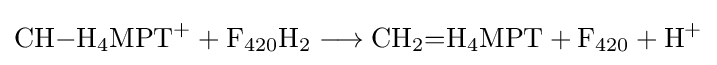
{\mathrm {CH} {-}\mathrm {H} {\vphantom {A}}_{\smash[{t}]{4}}\mathrm {MPT} {\vphantom {A}}^{+}{}+{}\mathrm {F} {\vphantom {A}}_{\smash[{t}]{420}}\mathrm {H} {\vphantom {A}}_{\smash[{t}]{2}}{}\mathrel {\longrightarrow } {}\mathrm {CH} {\vphantom {A}}_{\smash[{t}]{2}}{=}\mathrm {H} {\vphantom {A}}_{\smash[{t}]{4}}\mathrm {MPT} {}+{}\mathrm {F} {\vphantom {A}}_{\smash[{t}]{420}}{}+{}\mathrm {H} {\vphantom {A}}^{+}}